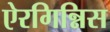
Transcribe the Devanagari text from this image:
ऐरगिन्निस